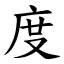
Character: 度